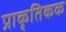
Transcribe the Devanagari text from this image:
प्राकृतिकक